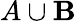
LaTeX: A\cup\mathbf{B}